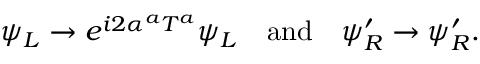
\psi _ { L } \to e ^ { i 2 \alpha ^ { a } T ^ { a } } \psi _ { L } \quad \mathrm { a n d } \quad \psi _ { R } ^ { \prime } \to \psi _ { R } ^ { \prime } .